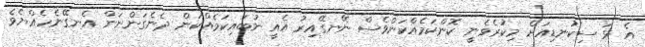
އެ ޅަ ސިކުނޑިއަށް މިކުރެވެނީ ކޮންކަމެއްކަންވެސް ނޭނގޭއިރު އެއީ ނުބައިކަމެއްކަން ދެނެގަންނަން އެނގޭނެހެއްޔެވެ